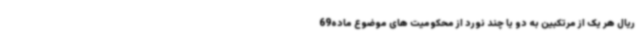
ریال هر یک از مرتکبین به دو یا چند نورد از محکومیت های موضوع ماده69